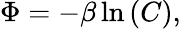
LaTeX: \Phi=-\beta\ln\left(C\right),